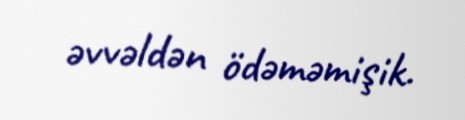
əvvəldən ödəməmişik.